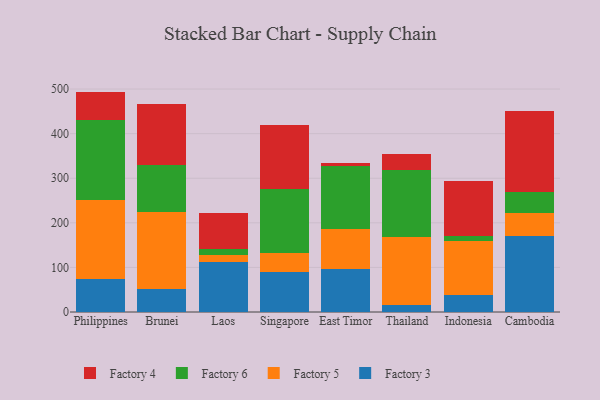
{"axis": {"x": "Country", "y": "Demand Index"}, "legend": ["Factory 3", "Factory 4", "Factory 5", "Factory 6"], "data": [{"x": "Philippines", "y": 74.0, "type": "Factory 3"}, {"x": "Philippines", "y": 178.3, "type": "Factory 5"}, {"x": "Philippines", "y": 179.3, "type": "Factory 6"}, {"x": "Philippines", "y": 62.7, "type": "Factory 4"}, {"x": "Brunei", "y": 50.6, "type": "Factory 3"}, {"x": "Brunei", "y": 173.4, "type": "Factory 5"}, {"x": "Brunei", "y": 104.6, "type": "Factory 6"}, {"x": "Brunei", "y": 137.5, "type": "Factory 4"}, {"x": "Laos", "y": 112.5, "type": "Factory 3"}, {"x": "Laos", "y": 16.3, "type": "Factory 5"}, {"x": "Laos", "y": 13.2, "type": "Factory 6"}, {"x": "Laos", "y": 80.7, "type": "Factory 4"}, {"x": "Singapore", "y": 89.8, "type": "Factory 3"}, {"x": "Singapore", "y": 43.3, "type": "Factory 5"}, {"x": "Singapore", "y": 142.5, "type": "Factory 6"}, {"x": "Singapore", "y": 143.2, "type": "Factory 4"}, {"x": "East Timor", "y": 95.9, "type": "Factory 3"}, {"x": "East Timor", "y": 89.6, "type": "Factory 5"}, {"x": "East Timor", "y": 141.3, "type": "Factory 6"}, {"x": "East Timor", "y": 8.5, "type": "Factory 4"}, {"x": "Thailand", "y": 15.3, "type": "Factory 3"}, {"x": "Thailand", "y": 153.0, "type": "Factory 5"}, {"x": "Thailand", "y": 151.3, "type": "Factory 6"}, {"x": "Thailand", "y": 34.5, "type": "Factory 4"}, {"x": "Indonesia", "y": 38.2, "type": "Factory 3"}, {"x": "Indonesia", "y": 120.8, "type": "Factory 5"}, {"x": "Indonesia", "y": 10.4, "type": "Factory 6"}, {"x": "Indonesia", "y": 125.3, "type": "Factory 4"}, {"x": "Cambodia", "y": 171.1, "type": "Factory 3"}, {"x": "Cambodia", "y": 51.7, "type": "Factory 5"}, {"x": "Cambodia", "y": 47.4, "type": "Factory 6"}, {"x": "Cambodia", "y": 179.6, "type": "Factory 4"}]}